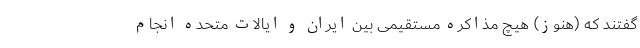
گفتند که (هنوز) هیچ مذاکره مستقیمی بین ایران و ایالات متحده انجام